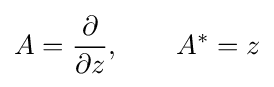
A={\frac {\partial }{\partial z}},\qquad A^{*}=z